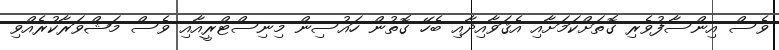
ވެސް އިންސާފުވެރި ގޮތަށްކަމަށާއި އެޤަވާއިދާއި ބެހޭ ގޮތުން ހައުސިން މިނިސްޓްރީއާއި ވެސް މަޝްވަރާކުރެއްވި